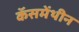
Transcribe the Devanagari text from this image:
कॅसमेंथीन